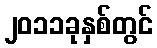
၂၀၁၁ခုနှစ်တွင်